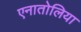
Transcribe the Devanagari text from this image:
एनातोलिया